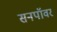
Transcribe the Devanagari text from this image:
सनपॉवर